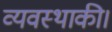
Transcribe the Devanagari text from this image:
व्यवस्थाकी।